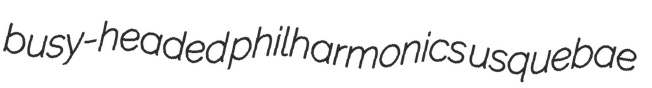
busy-headed philharmonics usquebae